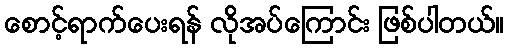
စောင့်ရာက်ပေးရန် လိုအပ်ကြောင်း ဖြစ်ပါတယ်။